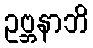
ဥဗ္ဘနာဘိ